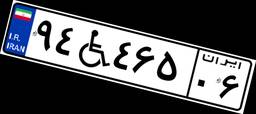
۷۳W۷۹۳۹۷